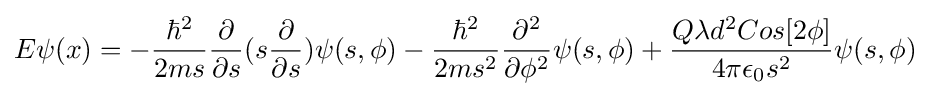
E\psi (x)=-{\frac {\hbar ^{2}}{2ms}}{\frac {\partial }{\partial s}}(s{\frac {\partial }{\partial s}})\psi (s,\phi )-{\frac {\hbar ^{2}}{2ms^{2}}}{\frac {\partial ^{2}}{\partial \phi ^{2}}}\psi (s,\phi )+{\frac {Q\lambda d^{2}Cos[2\phi ]}{4\pi \epsilon _{0}s^{2}}}\psi (s,\phi )